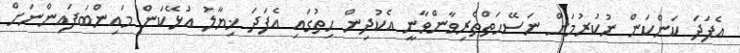
އެފަދަ ކަންކަން ނުކުރުމަށް ނަސޭހަތްތެރިވާންވާނީ އެކުދިން ހިތުގައި އެފަދަ ޚިޔާލު އުޅޭކަން މައިންބަފައިންނަށް